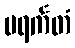
ပရင်္ကတံ